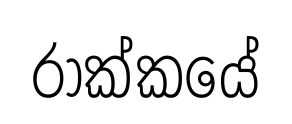
රාක්කයේ